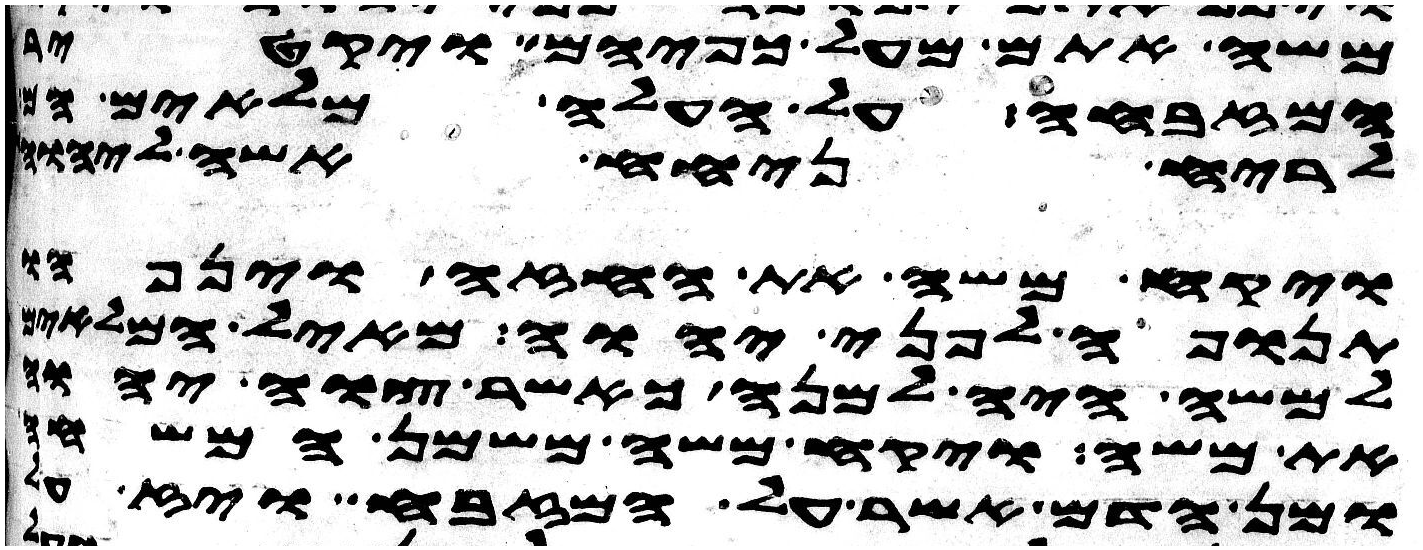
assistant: משה אתם מעל כפיהם ויקטר
המזבחה על העלה מלאים הם
לריח ניחח אשה ליהוה
ויקח משה את החזה וינפהו
תנופה לפני יהוה מאיל המלאים
למשה היה למנה כאשר צוה יהוה
את משה ויקח משה משמן המשחה
ומן הדם אשר על המזבח ויז על